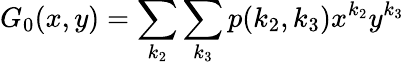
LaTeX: G_{0}(x,y)=\sum_{k_{2}}\sum_{k_{3}}p(k_{2},k_{3})x^{k_{2}}y^{k_{3}}